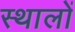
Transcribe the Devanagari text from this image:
स्थालों